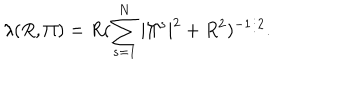
\lambda ( R , \Pi ) = R ( \sum _ { s = 1 } ^ { N } | \Pi ^ { s } | ^ { 2 } + R ^ { 2 } ) ^ { - 1 / 2 } .